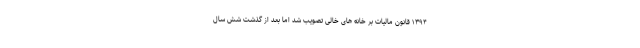
۱۳۹۴ قانون مالیات بر خانه های خالی تصویب شد اما بعد از گذشت شش سال